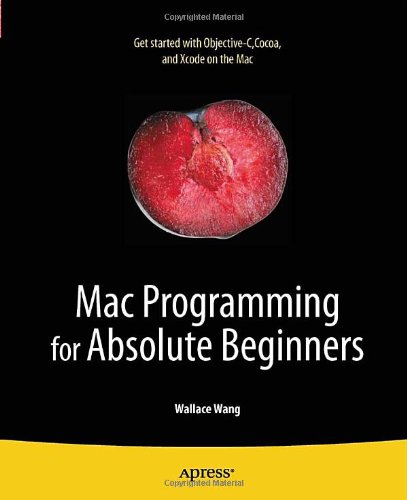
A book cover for Mac Programming for Absolute Beginners; Wallace Wang; Computers & Technology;